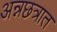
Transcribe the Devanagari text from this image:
अन्नछत्रात